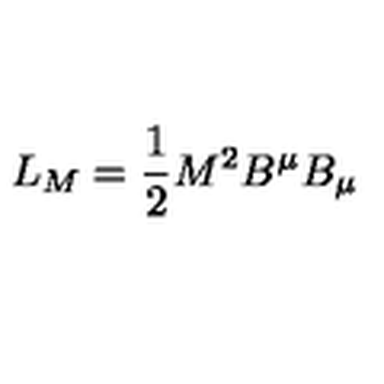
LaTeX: L _ { M } = \frac { 1 } { 2 } M ^ { 2 } B ^ { \mu } B _ { \mu }